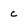
Character: c